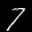
Label: 7